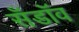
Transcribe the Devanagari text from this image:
सँडॉव